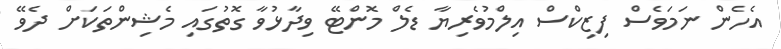
އެހެން ނަމަވެސް ފިޒިކްސް އިލްމުވެރިޔާ ޑެލް މޮންޓޭ ވިދާޅުވާ ގޮތުގައި މެޝިންތަކަށް ދެވޭ